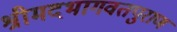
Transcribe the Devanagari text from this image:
श्रीमदभागवतपुराण